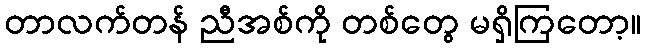
တာလက်တန် ညီအစ်ကို တစ်တွေ မရှိကြတော့။